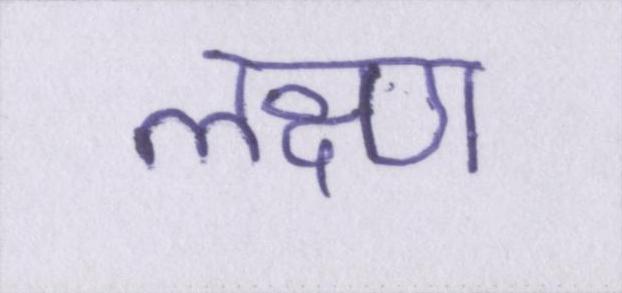
लक्ष्ण